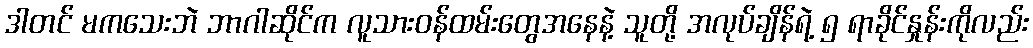
ဒါတင် မကသေးဘဲ ဘာဂါဆိုင်က လူသားဝန်ထမ်းတွေအနေနဲ့ သူတို့ အလုပ်ချိန်ရဲ့ ၅ ရာခိုင်နှုန်းကိုလည်း